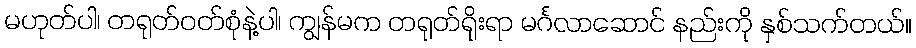
မဟုတ်ပါ၊ တရုတ်ဝတ်စုံနဲ့ပါ၊ ကျွန်မက တရုတ်ရိုးရာ မင်္ဂလာဆောင် နည်းကို နှစ်သက်တယ်။